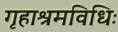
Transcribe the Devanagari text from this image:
गृहाश्रमविधिः